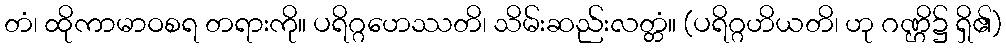
တံ၊ ထိုကာမာဝစရ တရားကို။ ပရိဂ္ဂဟေဿတိ၊ သိမ်းဆည်းလတ္တံ။ (ပရိဂ္ဂဟိယတိ၊ ဟု ဂဏ္ဌိ၌ ရှိ၏)